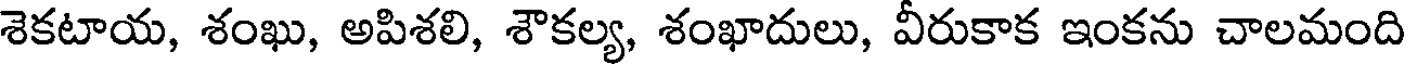
శెకటాయ, శంఖు, అపిశలి, శౌకల్య, శంఖాదులు, వీరుకాక ఇంకను చాలమంది